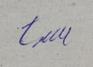
Signature authenticity: genuine